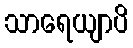
သာရေယျာပိ